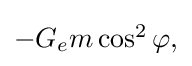
{\textstyle -G_{e}m\cos ^{2}\varphi ,}